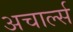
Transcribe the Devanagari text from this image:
अचार्ल्स